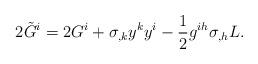
LaTeX: \begin{align*}2\tilde{G}^{i}=2G^{i}+\sigma _{,k}y^{k}y^{i}-\dfrac{1}{2}g^{ih}\sigma _{,h}L.\end{align*}